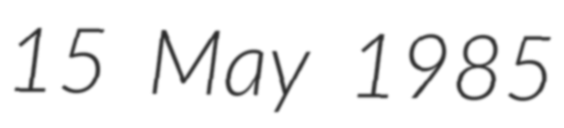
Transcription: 15 May 1985